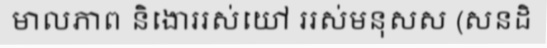
មាលភាព និងោររស់យៅ ររស់មនុសស (សនដិ